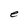
Character: e